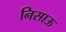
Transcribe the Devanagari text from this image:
निसाऊ